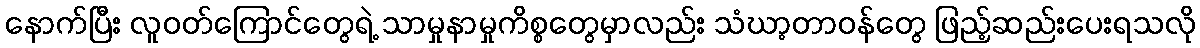
နောက်ပြီး လူဝတ်ကြောင်တွေရဲ့ သာမှုနာမှုကိစ္စတွေမှာလည်း သံဃာ့တာဝန်တွေ ဖြည့်ဆည်းပေးရသလို